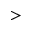
>